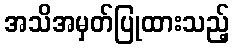
အသိအမှတ်ပြုထားသည့်